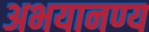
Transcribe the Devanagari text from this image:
अभयानण्‍य